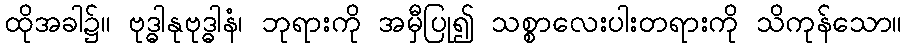
ထိုအခါ၌။ ဗုဒ္ဓါနုဗုဒ္ဓါနံ၊ ဘုရားကို အမှီပြု၍ သစ္စာလေးပါးတရားကို သိကုန်သော။